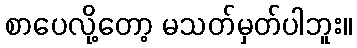
စာပေလို့တော့ မသတ်မှတ်ပါဘူး။